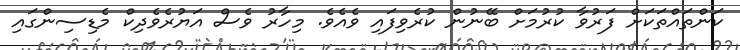
ކަންތައްތަކަށް ފަރުވާ ކުރުމަށް ބޭނުން ކުރެވިފައި ވެއެވެ. މިހާރު ވެސް އަޔުރެވެދިކް މެޑިސިންގައި